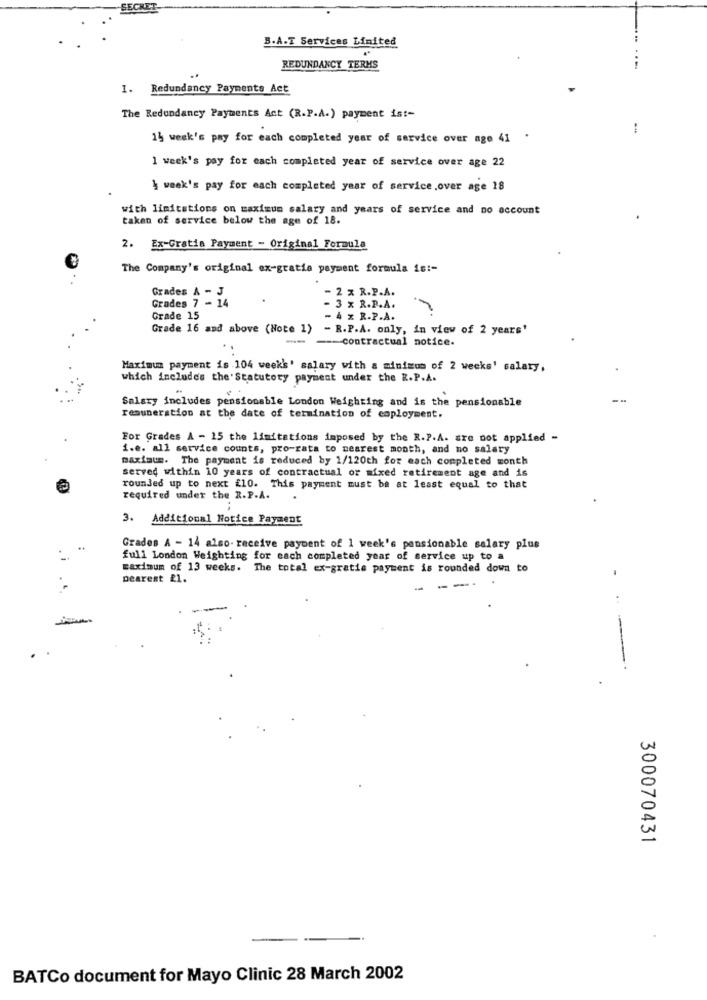
B.A.T Services Limited
REDUNDANCY TERMS
1. Redundancy Payments Act
The Redundancy Payments Act (R.P.A.) payment ist-
15 week's pay for each completed year of service over age 41
.
1 week's pay for each completed year of service over age 22
4 week's pay for each completed year of service.over age 18
with limitations on maximum salary and years of service and no account
taken of service below the age of 18.
2. Ex-Gratia Payment - Original Formula
The Company's original ex-gratia payment formula is :-
Grades & - J
2 x R.P.A.
Grades 7 - 14
- 3 x R.P.A.
Grade 15
- 4 % R.P.A.
Grade 16 and above (Note 1)
- R.P.A. only, in view of 2 years'
-
-- contractual notice.
Maximum payment is 104 week's' salary with a minimum of 2 weeks' salary,
which includes the Statutory payment under the R.P.A.
Salary includes pensionable London Weighting and is the pensionable
remuneration at the date of termination of employment.
For Grades A - 15 the limitations imposed by the R.P.A. are not applied -
1.e. all service counts, pro-rata to nearest month, and no salary
maximus. The payment is reduced by 1/120th for each completed month
served within 10 years of contractual or mixed retirement age and is
rounded up to next f10. This payment must be at least equal to that
required under the R.P.A.
3. Additional Notice Payment
Grades A - 14 also- receive payment of 1 week's pensionable salary plus
full London Weighting for each completed year of service up to a
maximum of 13 weeks. The total ex-gratia payment is rounded down to
Dearest £1.
-
-
---
300070431
BATCo document for Mayo Clinic 28 March 2002